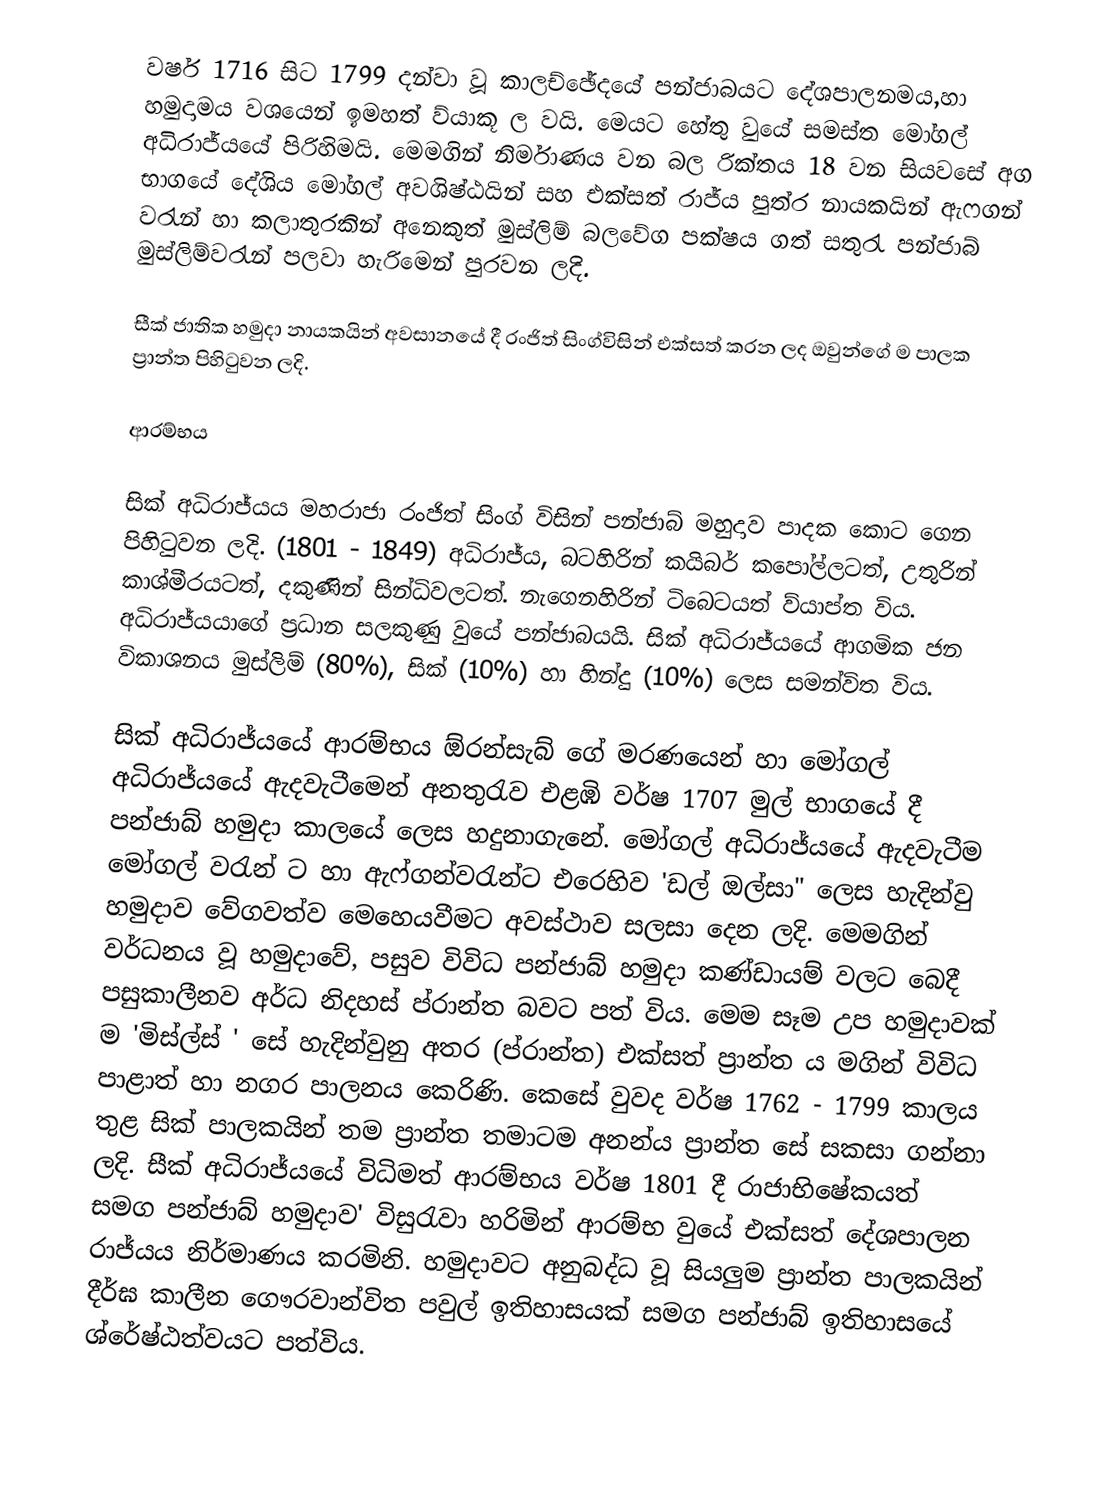
වර්ෂ 1716 සිට 1799 දන්වා වූ කාලච්ඡේදයේ පන්ජාබයට දේශපාලනමය,හා හමුදාමය වශයෙන් ඉමහත් ව්යාකූ ල  වයි. මෙයට හේතු වුයේ සමස්ත මෝගල් අධිරාජ්යයේ පිරිහිමයි. මෙමගින් නිර්මාණය වන බල රික්තය 18 වන සියවසේ අග භාගයේ දේශිය මෝගල් අවශිෂ්ඨයින් සහ එක්සත් රාජ්ය පුත්ර නායකයින් ඇෆගන් වරැන් හා කලාතුරකින් අනෙකුත් මුස්ලිම් බලවේග පක්ෂය ගත් සතුරැ පන්ජාබ් මුස්ලිම්වරැන් පලවා හැරිමෙන් පුරවන ලදි.

සීක් ජාතික හමුදා නායකයින් අවසානයේ දී රංජිත් සිංග්විසින් එක්සත් කරන ලද ඔවුන්ගේ ම පාලක ප්‍රාන්ත පිහිටුවන ලදි.

ආරම්භය

සික් අධිරාජ්යය මහරාජා රංජිත් සිංග් විසින් පන්ජාබ් මහුදාව පාදක කොට ගෙන පිහිටුවන ලදි. (1801 - 1849) අධිරාජ්ය, බටහිරින් කයිබර් කපෝල්ලටත්, උතුරින් කාශ්මීරයටත්, දකුණින් සින්ධිවලටත්. නැගෙනහිරින් ටිබෙටයත් ව්යාප්ත විය. අධිරාජ්යයාගේ ප්‍රධාන සලකුණු වුයේ පන්ජාබයයි. සික් අධිරාජ්යයේ ආගමික ජන විකාශනය මුස්ලිම් (80%), සික් (10%) හා හින්දු (10%) ලෙස සමන්විත විය.

සික් අධිරාජ්යයේ ආරම්භය ඕරන්සැබ් ගේ මරණයෙන් හා මෝගල් අධිරාජ්යයේ ඇදවැටීමෙන් අනතුරැව එළඹි වර්ෂ 1707 මුල් භාගයේ දී පන්ජාබ් හමුදා කාලයේ ලෙස හදුනාගැනේ.  මෝගල් අධිරාජ්යයේ ඇදවැටීම මෝගල් වරැන් ට හා ඇෆ්ගන්වරැන්ට  එරෙහිව 'ඩල් ඔල්සා" ලෙස හැදින්වු හමුදාව වේගවත්ව මෙහෙයවීමට අවස්ථාව සලසා දෙන ලදි. මෙමගින් වර්ධනය වූ හමුදාවේ, පසුව විවිධ පන්ජාබ් හමුදා කණ්ඩායම් වලට බෙදී පසුකාලීනව අර්ධ නිදහස් ප්රාන්ත බවට පත් විය. මෙම සෑම උප හමුදාවක් ම 'මිස්ල්ස් ' සේ හැදින්වුනු අතර (ප්රාන්ත) එක්සත් ප්‍රාන්ත ය මගින් විවිධ පාළාත් හා නගර පාලනය කෙරිණි. කෙසේ වුවද වර්ෂ  1762 - 1799 කාලය තුළ සික් පාලකයින් තම ප්‍රාන්ත තමාටම අනන්ය ප්‍රාන්ත සේ සකසා ගන්නා ලදි. සීක් අධිරාජ්යයේ විධිමත් ආරම්භය වර්ෂ 1801 දී රාජාභිෂේකයත් සමග පන්ජාබ් හමුදාව'  විසුරැවා හරිමින් ආරම්භ වුයේ එක්සත් දේශපාලන රාජ්යය නිර්මාණය කරමිනි. හමුදාවට අනුබද්ධ වූ සියලුම ප්‍රාන්ත පාලකයින් දීර්ඝ කාලීන ගෞරවාන්විත පවුල් ඉතිහාසයක් සමග පන්ජාබ් ඉතිහාසයේ ශ්රේෂ්ඨත්වයට පත්විය.